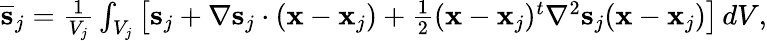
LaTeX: \begin{array}{r}{\overline{{\mathbf s}}_{j}=\frac{1}{V_{j}}\int_{V_{j}}\left[{\mathbf s}_{j}+\nabla{\mathbf s}_{j}\cdot({\mathbf x}-{\mathbf x}_{j})+\frac{1}{2}({\mathbf x}-{\mathbf x}_{j})^{t}\nabla^{2}{\mathbf s}_{j}({\mathbf x}-{\mathbf x}_{j})\right]\, dV,}\end{array}